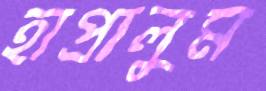
হাপ্‌রালুম